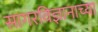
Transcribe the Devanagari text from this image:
सागरविज्ञानाच्या